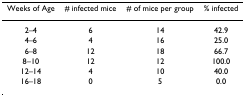
<table><thead><tr><td><b>Weeks of Age</b></td><td><b># infected mice</b></td><td><b># of mice per group</b></td><td><b>% infected</b></td></tr></thead><tbody><tr><td>2–4</td><td>6</td><td>14</td><td>42.9</td></tr><tr><td>4–6</td><td>4</td><td>16</td><td>25.0</td></tr><tr><td>6–8</td><td>12</td><td>18</td><td>66.7</td></tr><tr><td>8–10</td><td>12</td><td>12</td><td>100.0</td></tr><tr><td>12–14</td><td>4</td><td>10</td><td>40.0</td></tr><tr><td>16–18</td><td>0</td><td>5</td><td>0.0</td></tr></tbody></table>